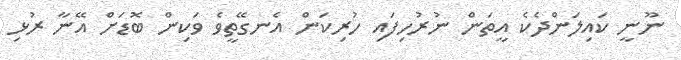
ނޫނީ ކައިލަންދެކެ އީތަން ނުރުހިފައި ހުރިކަން އެނގޭތީވެ ވަކިން ބޮޑަށް އޭނާ ރުޅި